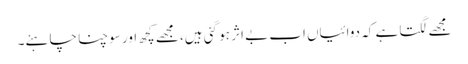
مجھے لگتا ہے کہ دوائیاں اب بے اثر ہو گئی ہیں، مجھے کچھ اور سوچنا چاہئے۔